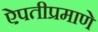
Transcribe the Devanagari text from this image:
ऐपतीप्रमाणे